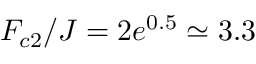
F _ { c 2 } / J = 2 e ^ { 0 . 5 } \simeq 3 . 3